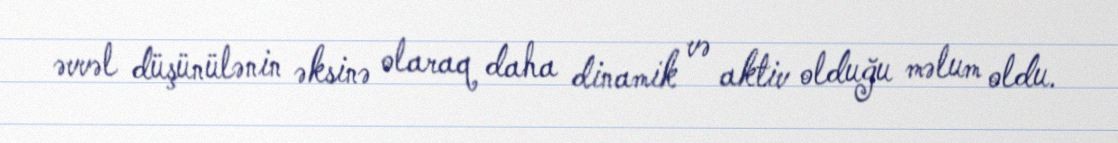
əvvəl düşünülənin əksinə olaraq daha dinamik və aktiv olduğu məlum oldu.